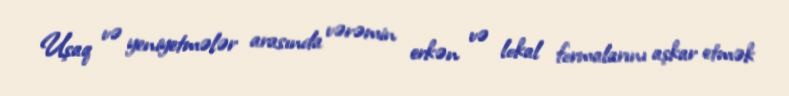
Uşaq və yeniyetmələr arasında vərəmin erkən və lokal formalarını aşkar etmək